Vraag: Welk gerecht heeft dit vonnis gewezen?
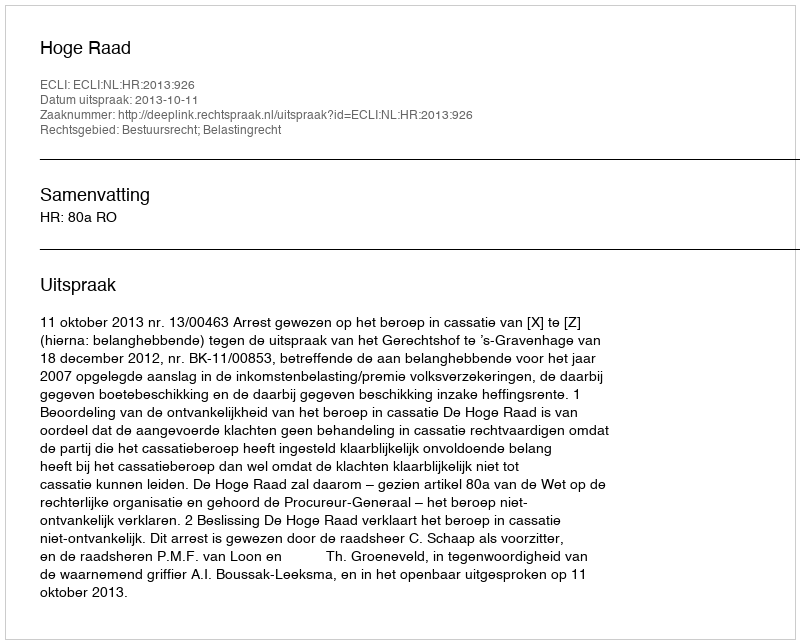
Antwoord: Hoge Raad